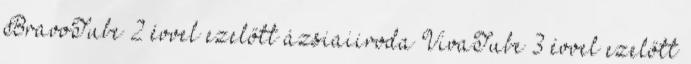
BravoTube 2 évvel ezelőtt ázsiaiiroda VivaTube 3 évvel ezelőtt